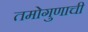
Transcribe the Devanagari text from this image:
तमोगुणाची